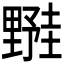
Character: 𬫀